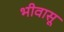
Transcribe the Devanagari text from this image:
भीवासू